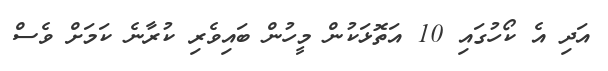
އަދި އެ ކޯހުގައި 10 އަތޮޅަކުން މީހުން ބައިވެރި ކުރާނެ ކަމަށް ވެސް